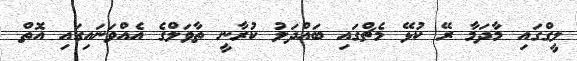
ލީގްގައި މާދަމާ ރޭ ކުޅޭ މެޗްގައި ބައްދަލު ކުރާނީ ތާވަލްގެ އެއްވަނައިގައި އޮތް